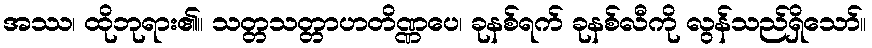
အဿ၊ ထိုဘုရား၏။ သတ္တသတ္တာဟတိဏ္ဏပေ၊ ခုနစ်ရက် ခုနစ်လီကို လွန်သည်ရှိသော်။